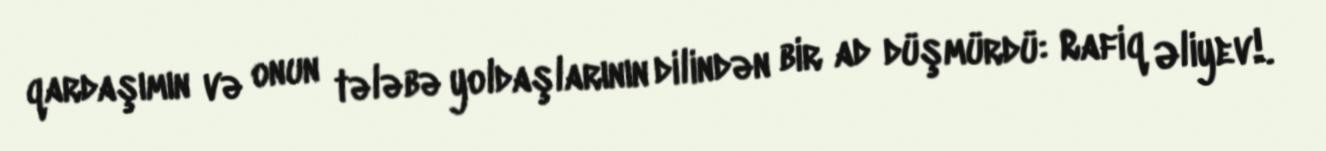
qardaşımın və onun tələbə yoldaşlarının dilindən bir ad düşmürdü: Rafiq Əliyev!.